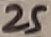
Text: 25